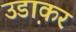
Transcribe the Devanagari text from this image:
उडा़कर